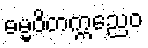
ဓမ္မဝိတက္ကညေဝ